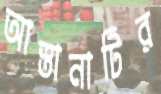
আস্তানাটির